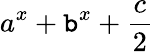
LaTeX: a^{x}+\mathtt{b}^{x}+\frac{{c}}{{2}}